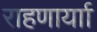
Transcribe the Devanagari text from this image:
राहणार्याा